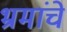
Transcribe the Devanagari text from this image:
भ्रमांचे